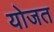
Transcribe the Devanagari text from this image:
योजत